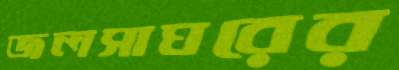
জলসাঘরের